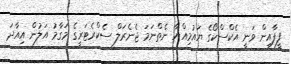
ފީފާއިން ވަނީ އެކްސްކޯގެ ޔައުމިއްޔާ ނެތްނަމަ ޖެނެރަލް ސެކްރެޓަރީގެ މަގާމު އަލުން އިއާދަ